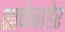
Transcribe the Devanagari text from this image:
शाळेबाहेर